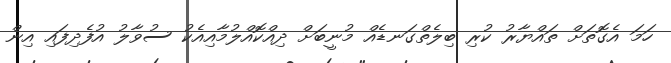
ހަމަ އެގޮތަށް ތައްޔާރު ކުރި ބިލެތްގަނޑެއް މުނީބަށް ދިއްކޮއްލުމާއިއެކު ސުވާލު އުފެދިފައި އިން